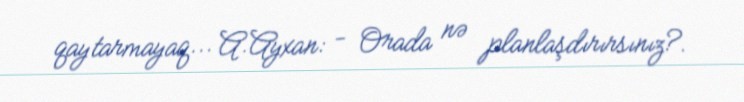
qaytarmayaq... A.Ayxan: - Orada nə planlaşdırırsınız?.